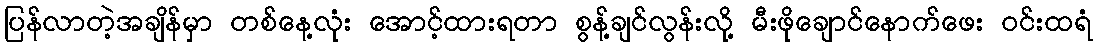
ပြန်လာတဲ့အချိန်မှာ တစ်နေ့လုံး အောင့်ထားရတာ စွန့်ချင်လွန်းလို့ မီးဖိုချောင်နောက်ဖေး ဝင်းထရံ